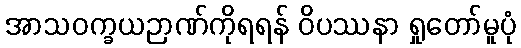
အာသဝက္ခယဉာဏ်ကိုရရန် ဝိပဿနာ ရှုတော်မူပုံ